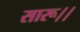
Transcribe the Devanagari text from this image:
सारू।।